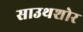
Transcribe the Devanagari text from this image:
साउथशोर